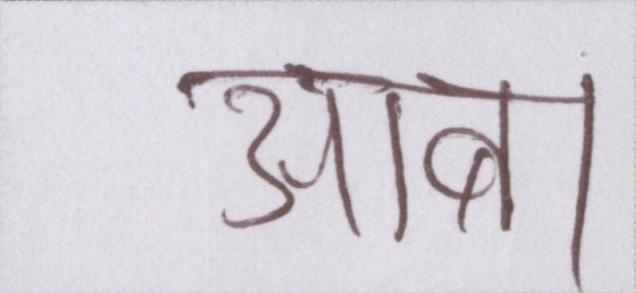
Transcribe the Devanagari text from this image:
आबा